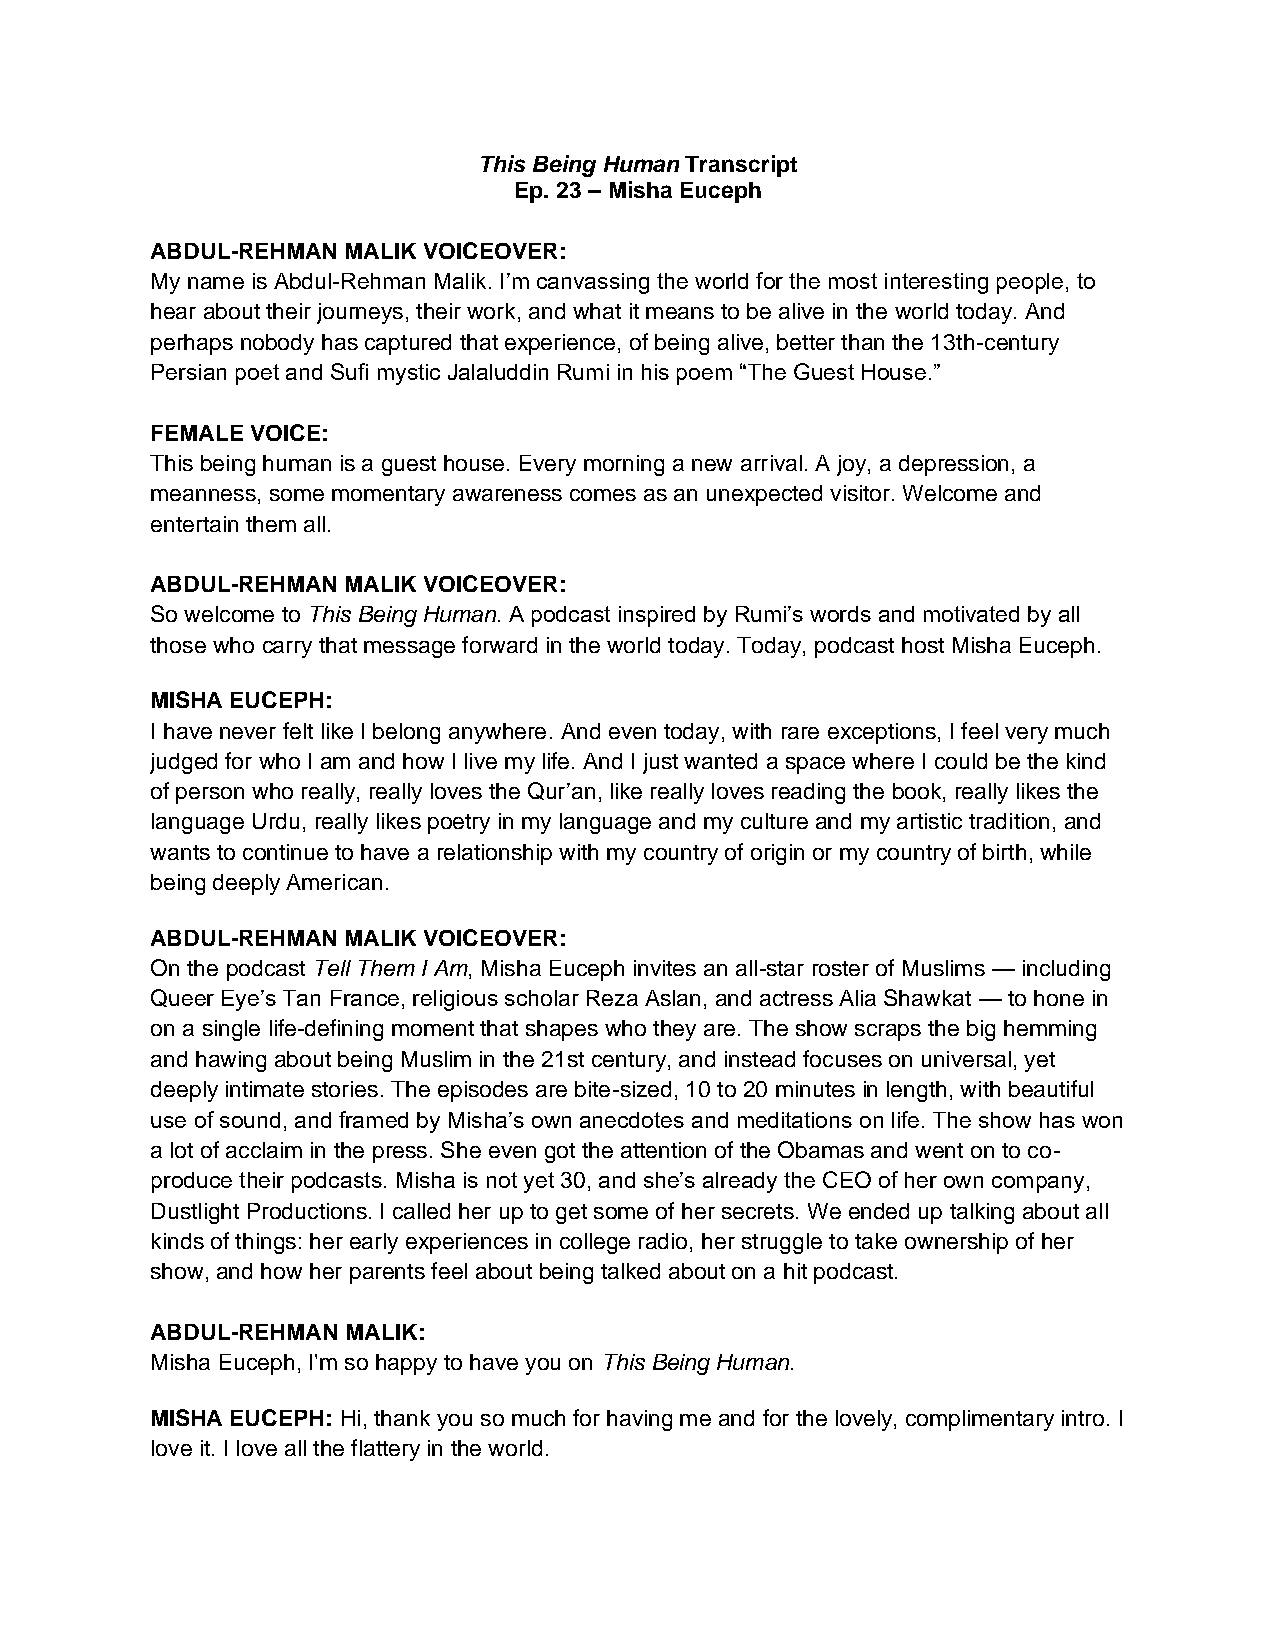
This Being Human Transcript
 Ep. 23 – Misha Euceph
 ABDUL-REHMAN MALIK VOICEOVER:
 My name is Abdul-Rehman Malik. I’m canvassing the world for the most interesting people, to
 hear about their journeys, their work, and what it means to be alive in the world today. And
 perhaps nobody has captured that experience, of being alive, better than the 13th-century
 Persian poet and Sufi mystic Jalaluddin Rumi in his poem “The Guest House.”
 FEMALE VOICE:
 This being human is a guest house. Every morning a new arrival. A joy, a depression, a
 meanness, some momentary awareness comes as an unexpected visitor. Welcome and
 entertain them all.
 ABDUL-REHMAN MALIK VOICEOVER:
 So welcome to This Being Human. A podcast inspired by Rumi’s words and motivated by all
 those who carry that message forward in the world today. Today, podcast host Misha Euceph.
 MISHA EUCEPH:
 I have never felt like I belong anywhere. And even today, with rare exceptions, I feel very much
 judged for who I am and how I live my life. And I just wanted a space where I could be the kind
 of person who really, really loves the Qur’an, like really loves reading the book, really likes the
 language Urdu, really likes poetry in my language and my culture and my artistic tradition, and
 wants to continue to have a relationship with my country of origin or my country of birth, while
 being deeply American.
 ABDUL-REHMAN MALIK VOICEOVER:
 On the podcast Tell Them I Am, Misha Euceph invites an all-star roster of Muslims — including
 Queer Eye’s Tan France, religious scholar Reza Aslan, and actress Alia Shawkat — to hone in
 on a single life-defining moment that shapes who they are. The show scraps the big hemming
 and hawing about being Muslim in the 21st century, and instead focuses on universal, yet
 deeply intimate stories. The episodes are bite-sized, 10 to 20 minutes in length, with beautiful
 use of sound, and framed by Misha’s own anecdotes and meditations on life. The show has won
 a lot of acclaim in the press. She even got the attention of the Obamas and went on to co-
 produce their podcasts. Misha is not yet 30, and she’s already the CEO of her own company,
 Dustlight Productions. I called her up to get some of her secrets. We ended up talking about all
 kinds of things: her early experiences in college radio, her struggle to take ownership of her
 show, and how her parents feel about being talked about on a hit podcast.
 ABDUL-REHMAN MALIK:
 Misha Euceph, I'm so happy to have you on This Being Human.
 MISHA EUCEPH: Hi, thank you so much for having me and for the lovely, complimentary intro. I
 love it. I love all the flattery in the world.